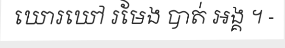
ឃោរឃៅ រមែង បាត់ អង្គ ។ -